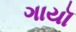
ગાયૉ